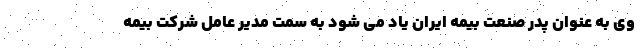
وی به عنوان پدر صنعت بیمه ایران یاد می شود به سمت مدیر عامل شرکت بیمه